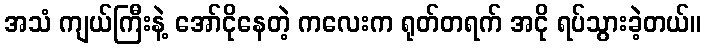
အသံ ကျယ်ကြီးနဲ့ အော်ငိုနေတဲ့ ကလေးက ရုတ်တရက် အငို ရပ်သွားခဲ့တယ်။